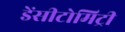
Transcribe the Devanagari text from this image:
डेंसीटोमिट्री